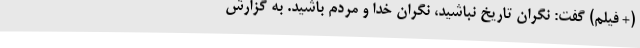
(+ فیلم) گفت: نگران تاریخ نباشید، نگران خدا و مردم باشید. به گزارش